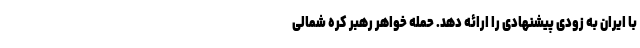
با ایران به زودی پیشنهادی را ارائه دهد. حمله خواهر رهبر کره شمالی